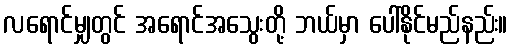
လရောင်မျှတွင် အရောင်အသွေးတို့ ဘယ်မှာ ပေါ်နိုင်မည်နည်း။